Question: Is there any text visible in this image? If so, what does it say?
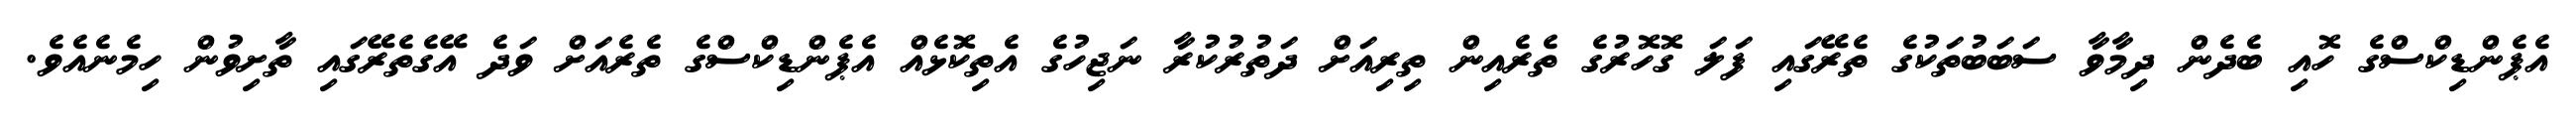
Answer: އެޕެންޑިކްސްގެ ހޮއި ބެދެން ދިމާވާ ސަބަބުތަކުގެ ތެރޭގައި ފަލަ ގޮހޮރުގެ ތެރެއިން ތިރިއަށް ދަތުރުކުރާ ނަޖިހުގެ އެތިކޮޅެއް އެޕެންޑިކްސްގެ ތެރެއަށް ވަދެ އޭގެތެރޭގައި ތާށިވުން ހިމެނެއެވެ.